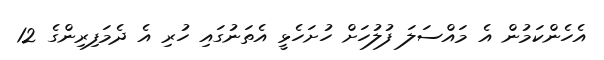
އެހެންކަމުން އެ މައްސަލަ ފުލުހަށް ހުށަހެޅީ އެތަނުގައި ހުރި އެ ދެމަފިރިންގެ 12